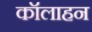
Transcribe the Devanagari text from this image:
कॉलाहन